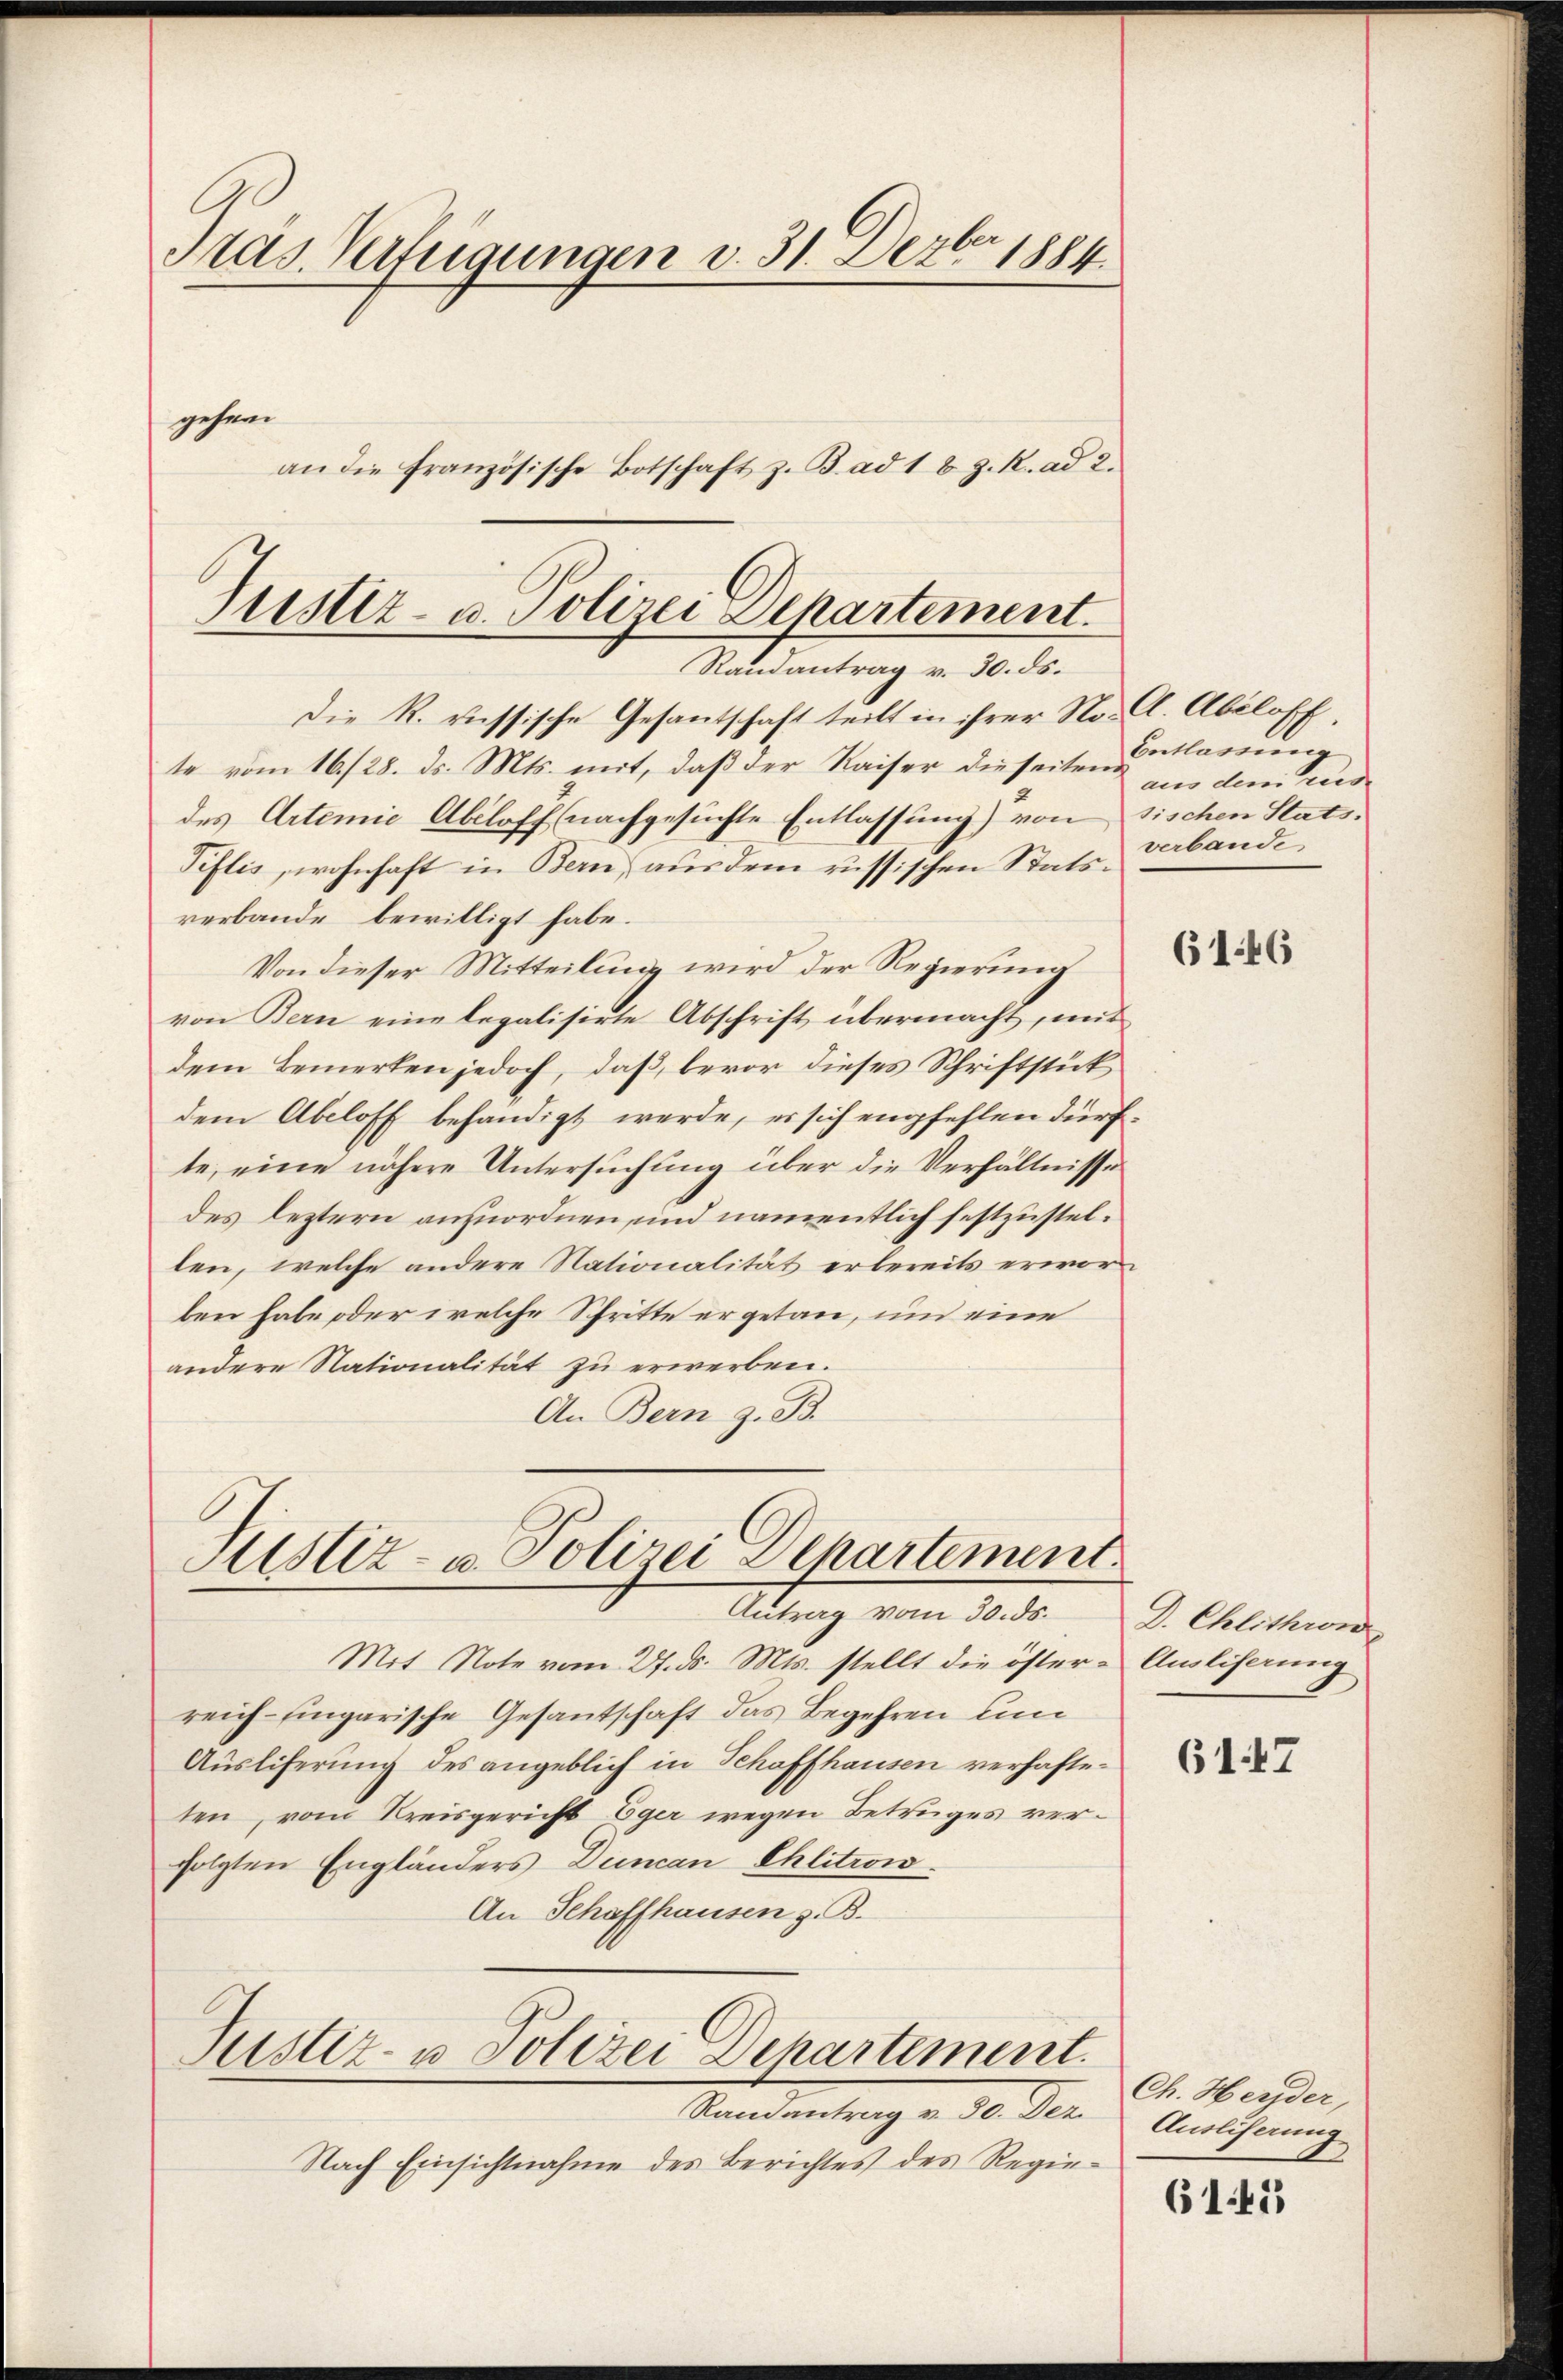
Pras. Verfügungen v. 31. Dezbr 1884.
gehen.
an die französische Botschaft z. B. ad 18 J. R. ad 2.

Justiz- u. Polizei Departement.
Randantrag v. 30. ds.

Die R. russische Gesantschaft teilt in ihrer No. Cl. Abiloff,
te vom 16./28. ds. Mts. mit, daß der Kaiser dieseiten klaren
des Artemie Abeloff (nachgesuchte Entlassung) von sischen Stats¬
Piflis, wohnhaft in Bern, aus dem russischen Statsverbande bewilligt habe.
Von dieser Mitteilung wird der Regierung
von Bern eine legalisirte Abschrift übermacht, mit
dem Bemerken jedoch, daß, bevor dieses Schriftstück
dem Abeloff behändigt werde, es sich empfehlen dürfte, eine nähere Untersuchung über die Verhältnisse
des leztern anzuordnen, und namentlich festzustellen, welche andere Nationalität erbereits erworben habe oder welche Schritte er getan, um eine
andere Nationalität zu erwerben.
An Bern z. B.

Justiz- u. Polizei Departement
Antrag vom 30. ds.

Mit Note vom 27. ds. Mts. stellt die öster-Ansliserung
reich- Eingarische Gesantschaft das Begehren um
Ausliferung des angeblich in Schaffhausen verhafteten, vom Kreisgericht Eger wegen Betruges verfolgten Engländers Duncan Phlitrow
An Schaffhausen z. B.

Justiz- u Polizei Departement.
Randantrag v. 30. Dez.

Nach Einsichtnahme des Berichtes des Regie¬

aus dem Her
verbande

6146

D. Chlithron

6147

Ch. Heyder,
Ausliferung

61.41